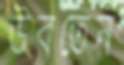
উবতেন